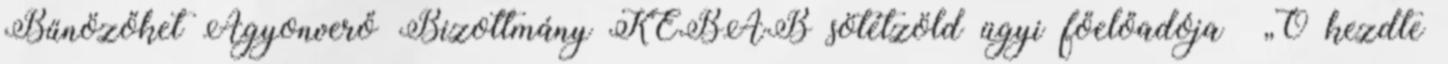
Bűnözőket Agyonverő Bizottmány KEBAB sötétzöld ügyi főelőadója „Ő kezdte